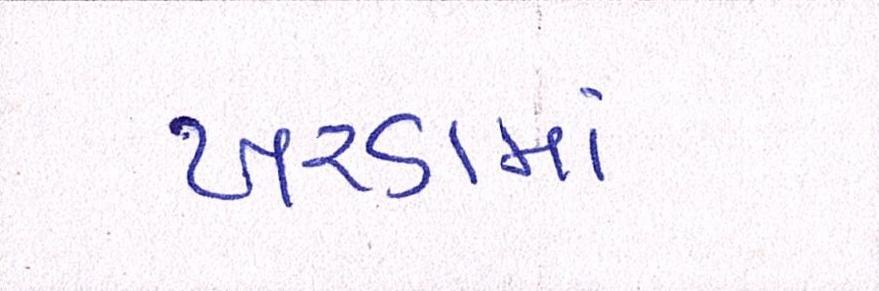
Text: ખરડામાં